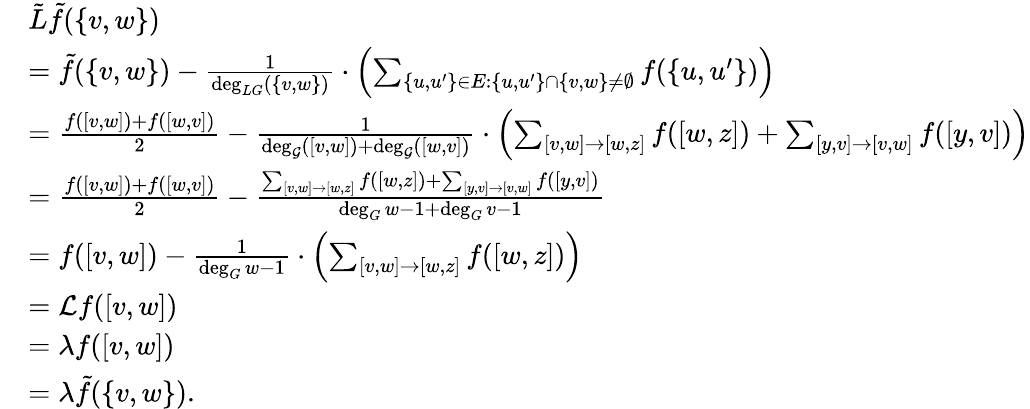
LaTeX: \begin{array}{rl}&{\tilde{L}\tilde{f}(\{ v,w\} )}\\ &{=\tilde{f}(\{ v,w\} )-\frac{1}{\deg_{LG}(\{ v,w\} )}\cdot\left(\sum_{\{ u,u^{\prime}\} \in E:\{ u,u^{\prime}\} \cap\{ v,w\} \ne\emptyset}f(\{ u,u^{\prime}\} )\right)}\\ &{=\frac{f([v,w])+f([w,v])}{2}-\frac{1}{\deg_{\mathcal{G}}([v,w])+\deg_{\mathcal{G}}([w,v])}\cdot\left(\sum_{[v,w]\to[w,z]}f([w,z])+\sum_{[y,v]\to[v,w]}f([y,v])\right)}\\ &{=\frac{f([v,w])+f([w,v])}{2}-\frac{\sum_{[v,w]\to[w,z]}f([w,z])+\sum_{[y,v]\to[v,w]}f([y,v])}{\deg_{G}w-1+\deg_{G}v-1}}\\ &{=f([v,w])-\frac{1}{\deg_{G}w-1}\cdot\left(\sum_{[v,w]\to[w,z]}f([w,z])\right)}\\ &{=\mathcal{L}f([v,w])}\\ &{=\lambda f([v,w])}\\ &{=\lambda\tilde{f}(\{ v,w\} ).}\end{array}